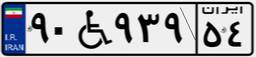
۹۰W۹۳۹۵۴